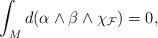
LaTeX: \begin{align*} \int_{M}d(\alpha\wedge\beta\wedge{\chi}_{\mathcal{F}})=0,\end{align*}